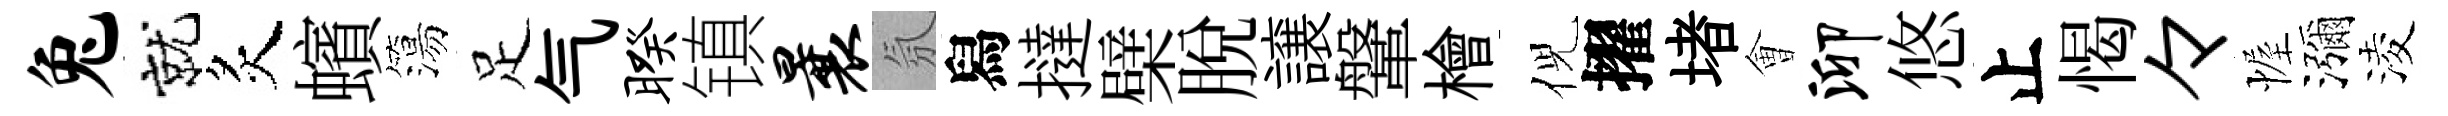
兔就炙蠙簜足气暌镇曩氛舄撻檗脱譲鞶檜倪擢堵㑹泖悠止愒々幄瀰淩